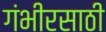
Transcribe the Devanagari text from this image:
गंभीरसाठी